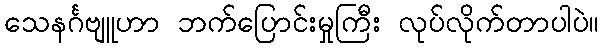
သေနင်္ဂဗျူဟာ ဘက်ပြောင်းမှုကြီး လုပ်လိုက်တာပါပဲ။